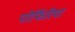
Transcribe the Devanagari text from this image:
पोर्फिरिया